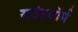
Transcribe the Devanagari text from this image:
राउंडवॉर्म